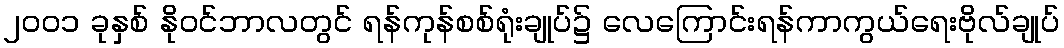
၂၀၀၁ ခုနှစ် နိုဝင်ဘာလတွင် ရန်ကုန်စစ်ရုံးချုပ်၌ လေကြောင်းရန်ကာကွယ်ရေးဗိုလ်ချုပ်